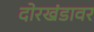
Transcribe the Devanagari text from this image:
दोरखंडावर